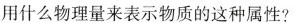
用什么物理量来表示物质的这种属性?